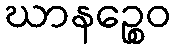
ဃာနဉ္စေဝ